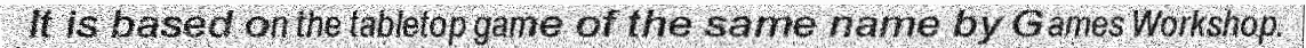
It is based on the tabletop game of the same name by Games Workshop.